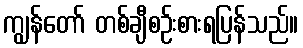
ကျွန်တော် တစ်ချီစဉ်းစားရပြန်သည်။